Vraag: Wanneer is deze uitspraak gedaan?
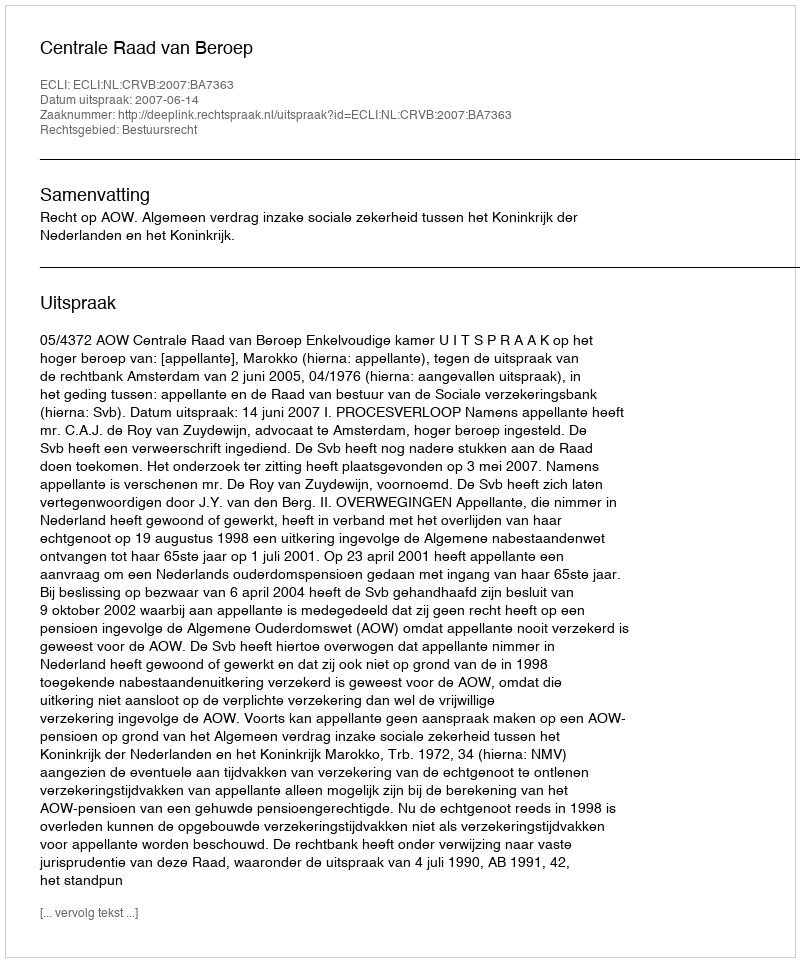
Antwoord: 2007-06-14